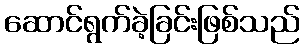
ဆောင်ရွက်ခဲ့ခြင်းဖြစ်သည်